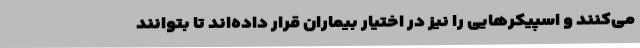
می‌کنند و اسپیکرهایی را نیز در اختیار بیماران قرار داده‌اند تا بتوانند